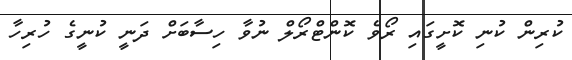
ކުރިން ކުނި ކޮށީގައި ރޯވެ ކޮންޓްރޯލް ނުވާ ހިސާބަށް ދަނީ ކުނީގެ ހުރިހާ